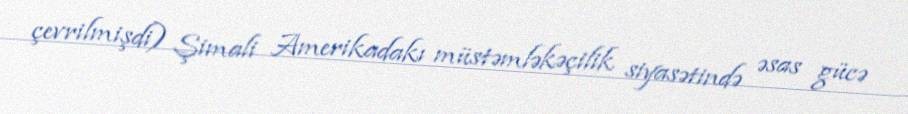
çevrilmişdi) Şimali Amerikadakı müstəmləkəçilik siyasətində əsas gücə